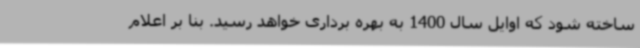
ساخته شود که اوایل سال 1400 به بهره برداری خواهد رسید. بنا بر اعلام